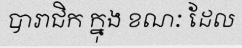
បារាជិក ក្នុង ខណៈ ដែល